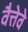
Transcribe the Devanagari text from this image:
वैत्तेवे